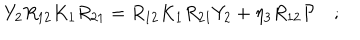
Y _ { 2 } R _ { 1 2 } K _ { 1 } R _ { 2 1 } = R _ { 1 2 } K _ { 1 } R _ { 2 1 } Y _ { 2 } + \eta _ { 3 } R _ { 1 2 } { \cal P } \quad ; \,